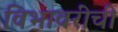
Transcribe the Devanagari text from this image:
विभावरींची